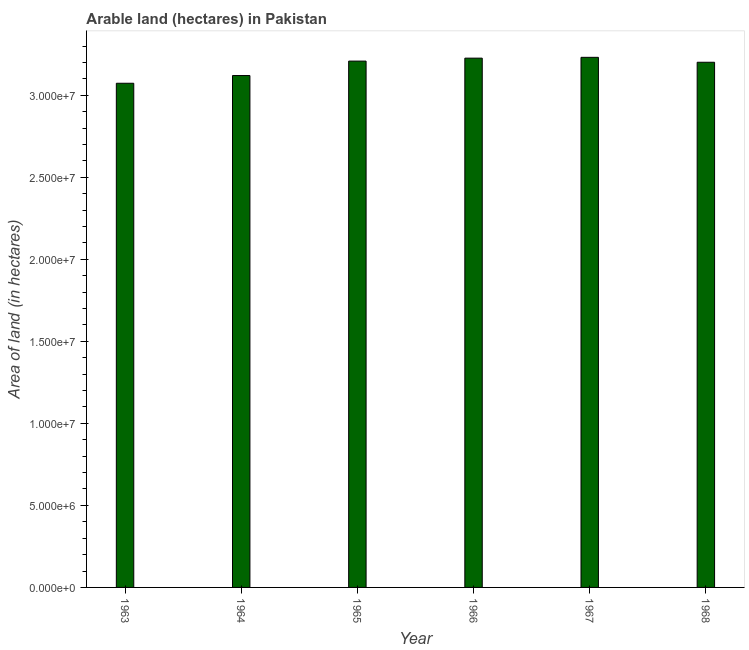
| Year | Area of land |
 | --- | --- |
 | 1963 | 3.07e+07 |
 | 1964 | 3.12e+07 |
 | 1965 | 3.21e+07 |
 | 1966 | 3.23e+07 |
 | 1967 | 3.23e+07 |
 | 1968 | 3.2e+07 |